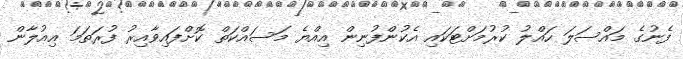
ފެނުގެ މައްސަލަ ހައްލު ކުރުމަށްޓަކައި އެކުންފުނިން އިއްޔެ މަސައްކަތް ކޮށްފައިވާއިރު ފުރަތަމަ އިއުލާން